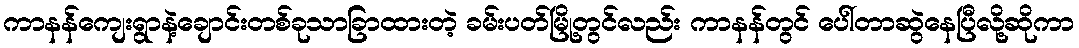
ကာနန်ကျေးရွာနဲ့ချောင်းတစ်ခုသာခြာထားတဲ့ ခမ်းပတ်မြို့တွင်လည်း ကာနန်တွင် ပေါ်တာဆွဲနေပြီလို့ဆိုကာ